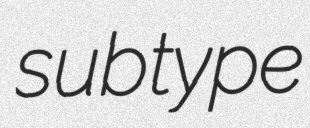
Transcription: subtype